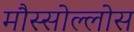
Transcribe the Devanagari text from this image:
मौस्सोल्लोस